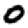
Digit: 0